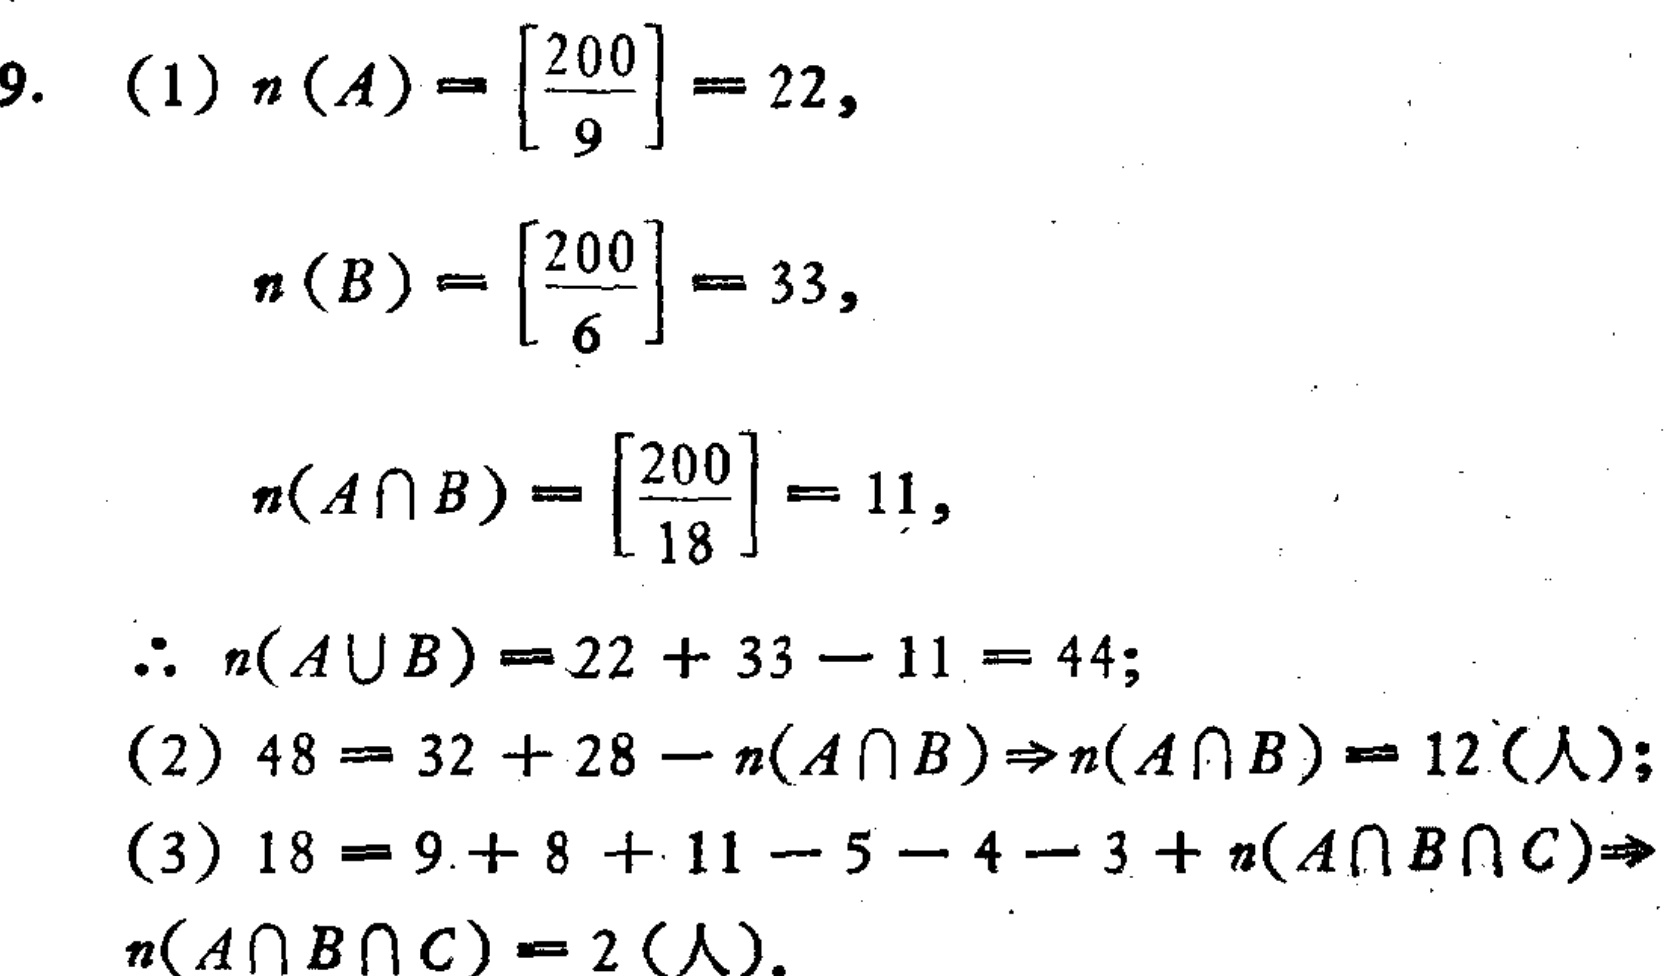
9. (1) \(n(A)=\left[\frac{200}{9}\right]=22\),

\(n(B)=\left[\frac{200}{6}\right]=33\),

\(n(A\cap B)=\left[\frac{200}{18}\right]=11\),

\(\therefore n(A\cup B)=22 + 33 - 11 = 44\);

(2) \(48 = 32 + 28 - n(A\cap B)\Rightarrow n(A\cap B)=12\) (人);

(3) \(18 = 9 + 8 + 11 - 5 - 4 - 3 + n(A\cap B\cap C)\Rightarrow\)

\(n(A\cap B\cap C)=2\) (人).